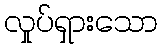
လှုပ်ရှားသော